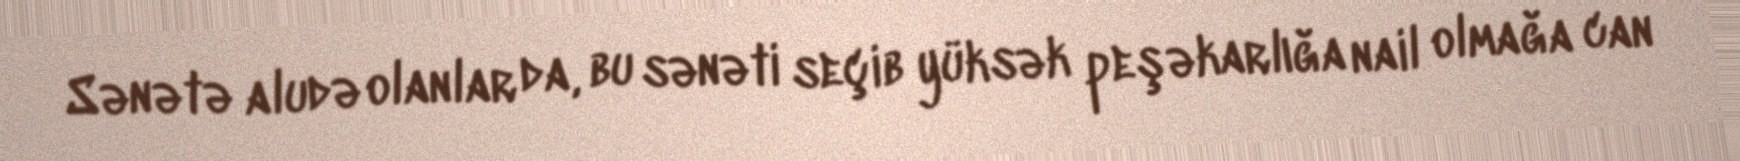
Sənətə aludə olanlar da, bu sənəti seçib yüksək peşəkarlığa nail olmağa can